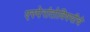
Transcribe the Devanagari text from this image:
एस्पेरांतोविषयीचे